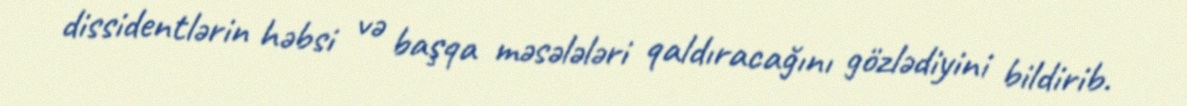
dissidentlərin həbsi və başqa məsələləri qaldıracağını gözlədiyini bildirib.